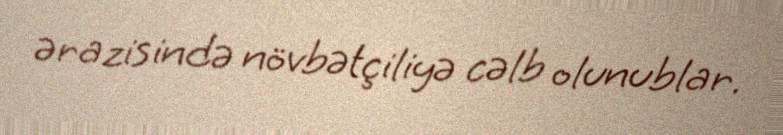
ərazisində növbətçiliyə cəlb olunublar.